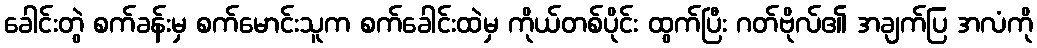
ခေါင်းတွဲ စက်ခန်းမှ စက်မောင်းသူက စက်ခေါင်းထဲမှ ကိုယ်တစ်ပိုင်း ထွက်ပြီး ဂတ်ဗိုလ်၏ အချက်ပြ အလံကို